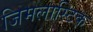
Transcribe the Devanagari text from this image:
जिमलास्टिक